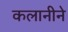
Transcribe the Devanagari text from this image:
कलानीने